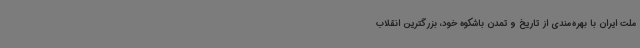
ملت ایران با بهره‌مندی از تاریخ و تمدن باشکوه خود، بزرگترین انقلاب